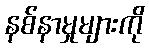
နစ်နာမှုများကို